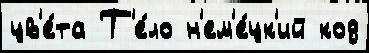
цв'е́та Т'е́ло н'ем'е́цк'ий код